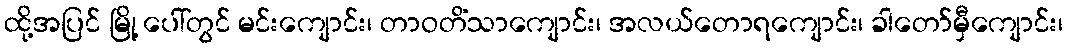
ထို့အပြင် မြို့ ပေါ်တွင် မင်းကျောင်း၊ တာဝတိံသာကျောင်း၊ အလယ်တောရကျောင်း၊ ခါတော်မှီကျောင်း၊